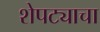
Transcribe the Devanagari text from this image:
शेपट्याचा